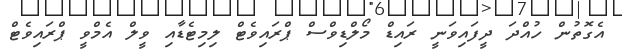
އެގޮތުން ހުއްދަ ދީފައިވަނީ ރައިޑް މޯލްޑިވްސް ޕްރައިވެޓް ލިމިޓެޑާއި ވީލް އެމްވީ ޕްރައިވެޓް